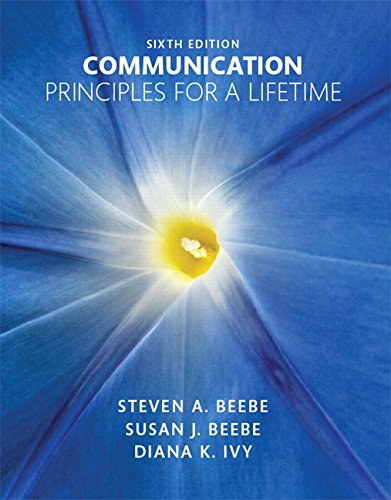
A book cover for Communication: Principles for a Lifetime (6th Edition); Steven A. Beebe; Humor & Entertainment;